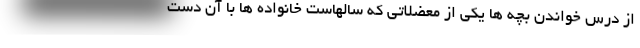
از درس خواندن بچه ها یکی از معضلاتی که سالهاست خانواده ها با آن دست